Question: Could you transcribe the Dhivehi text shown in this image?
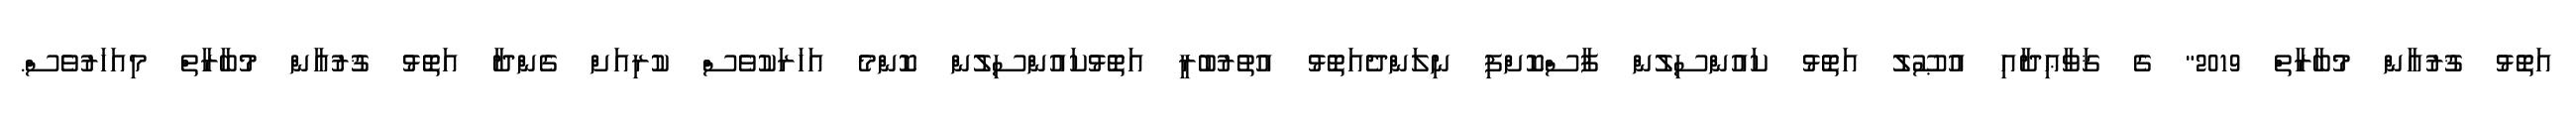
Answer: އަތޮޅު ޤުރުއާން މުބާރާތް 2019" ގެ ޤަވާޢިދާއި އުޞޫލު އަތޮޅު ކައުންސިލުން ފާސްކޮށްފި ނިލަންދެއަތޮޅު އުތުރުބުރީ އަތޮޅުކައުންސިލުން ކޮންމެ އަހަރަކުވެސް ކުރިއަށް ގެންދާ އަތޮޅު ޤުރުއާން މުބާރާތް މިއަހަރުވެސް.